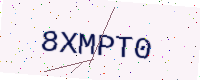
Text: 8XMPT0